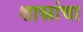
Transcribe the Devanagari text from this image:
शास्रांचा